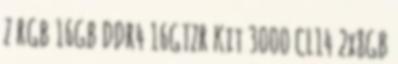
Z RGB 16GB DDR4 16GTZR Kit 3000 CL14 2x8GB